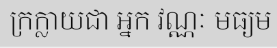
ក្រក្លាយជា អ្នក វណ្ណៈ មធ្យម